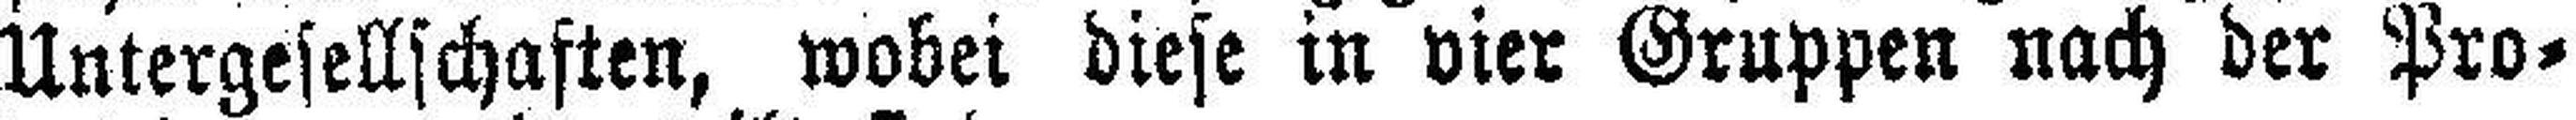
Untergesellschaften, wobei diese in vier Gruppen nach der Pro¬